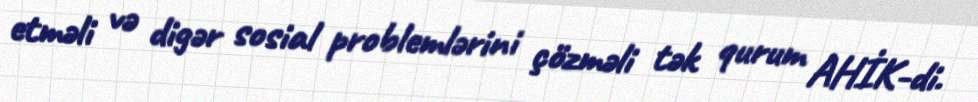
etməli və digər sosial problemlərini çözməli tək qurum AHİK-di.